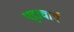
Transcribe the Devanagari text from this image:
पट्टाचार्य